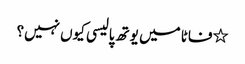
٭فاٹا میں یوتھ پالیسی کیوں نہیں؟